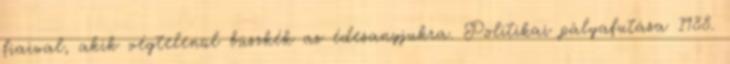
fiaival, akik végtelenül büszkék az édesanyjukra. Politikai pályafutása 1988.